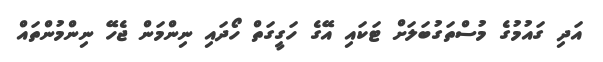
އަދި ގައުމުގެ މުސްތަގުބަލަށް ޓަކައި އޭގެ ހަގީގަތް ހޯދައި ނިންމަން ޖެހޭ ނިންމުންތައް